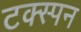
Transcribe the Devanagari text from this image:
टक्स्पन